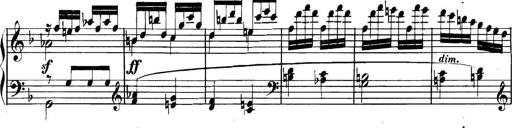
Title: Collected Piano Sonatas
Composer: Muzio Clementi